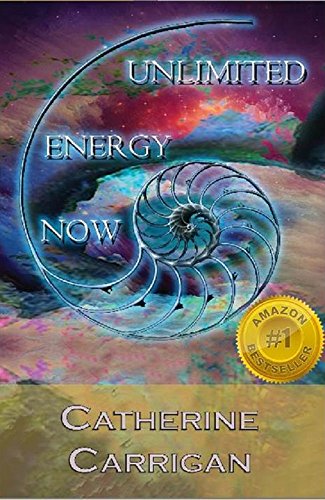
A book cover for Unlimited Energy Now; Catherine Carrigan; Health, Fitness & Dieting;